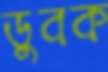
ডুবক